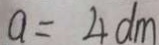
a = 4 d m